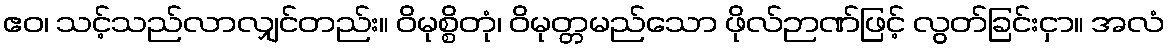
ဧဝ၊ သင့်သည်လာလျှင်တည်း။ ဝိမုစ္စိတုံ၊ ဝိမုတ္တမည်သော ဖိုလ်ဉာဏ်ဖြင့် လွတ်ခြင်းငှာ။ အလံ